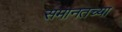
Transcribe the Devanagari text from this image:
समानतच्या